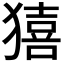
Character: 𤢀